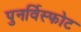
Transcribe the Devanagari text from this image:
पुनर्विस्फोट